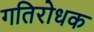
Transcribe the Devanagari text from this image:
गतिरोधक